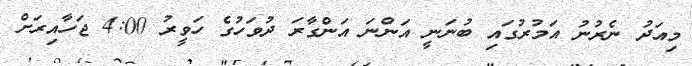
މިއަދު ނެރުނު އަމުރުގައި ބުނަނީ އަންނަ އަންގާރަ ދުވަހުގެ ހަވީރު 4:00 ޖަހާއިރަށް